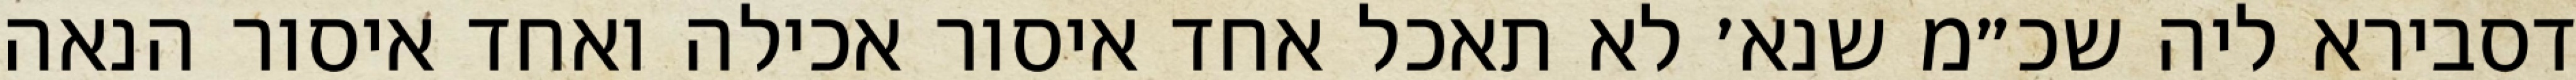
דסבירא ליה שכ״מ שנא׳ לא תאכל אחד איסור אכילה ואחד איסור הנאה